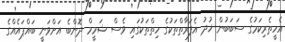
އެހީތެރިކަމުގެ ސަބަބުން ޚުދު އެފަރާތްތަކުގެ ހިތްތަކުގައި ވެސް ޝަމީމް ދޮންބެ އަށްވަނީ ބައްޕައެއްގެ